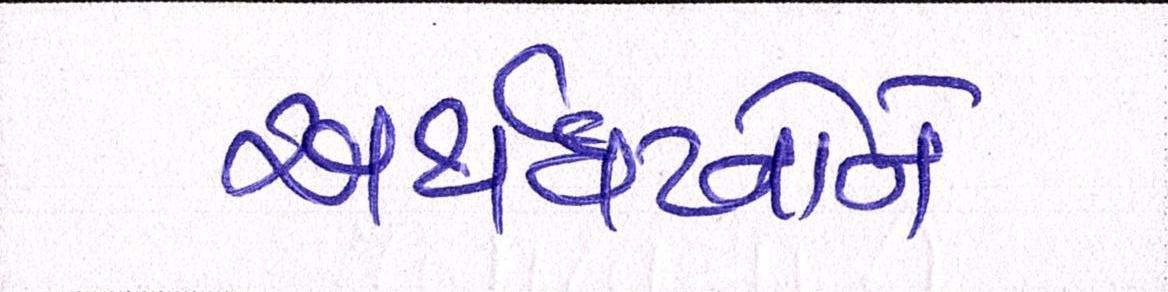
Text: અર્થઘટનોને